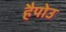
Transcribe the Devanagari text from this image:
हैपोउ